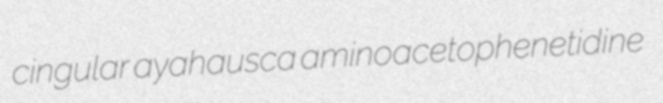
cingular ayahausca aminoacetophenetidine